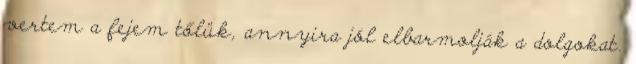
vertem a fejem tőlük, annyira jól elbarmolják a dolgokat.